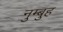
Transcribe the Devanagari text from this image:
नुम्बुह